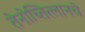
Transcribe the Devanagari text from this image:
तेनोच्तित्लानचे